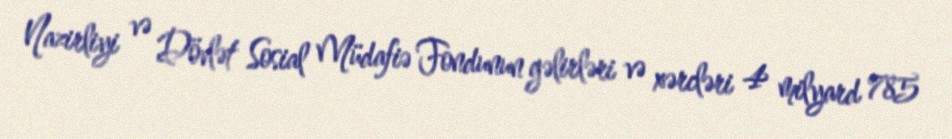
Nazirliyi və Dövlət Sosial Müdafiə Fondunun gəlirləri və xərcləri 4 milyard 785